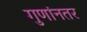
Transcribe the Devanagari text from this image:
गुणांनतर